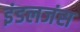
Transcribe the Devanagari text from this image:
इंडलजंस